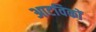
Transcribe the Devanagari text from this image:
आटविकों